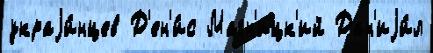
украjи́нцев Д'ен'и́с Магн'ицк'ий Дан'иjи́л